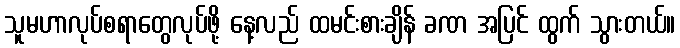
သူမဟာလုပ်စရာတွေလုပ်ဖို့ နေ့လည် ထမင်းစားချိန် ခဏ အပြင် ထွက် သွားတယ်။